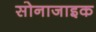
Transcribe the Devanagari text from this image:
सोनाजाइक